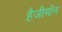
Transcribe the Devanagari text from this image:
हैजीमॉन